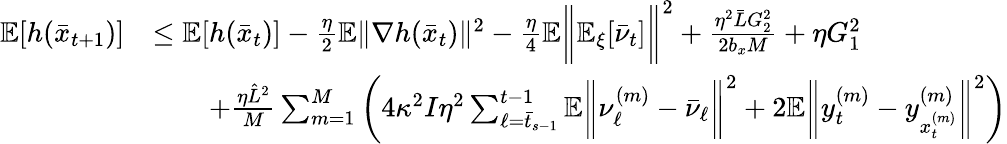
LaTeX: \begin{array}{rl}{\mathbb{E}[h(\bar{x}_{t+1})]}&{\leq\mathbb{E}[h(\bar{x}_{t})]-\frac{\eta}{2}\mathbb{E}\| \nabla h(\bar{x}_{t})\| ^{2}-\frac{\eta}{4}\mathbb{E}\bigg\| \mathbb{E}_{\xi}[\bar{\nu}_{t}]\bigg\| ^{2}+\frac{\eta^{2}\bar{L}G_{2}^{2}}{2b_{x}M}+\eta G_{1}^{2}}\\ &{\qquad+\frac{\eta\hat{L}^{2}}{M}\sum_{m=1}^{M}\bigg(4\kappa^{2}I\eta^{2}\sum_{\ell=\bar{t}_{s-1}}^{t-1}\mathbb{E}\bigg\| \nu_{\ell}^{(m)}-\bar{\nu}_{\ell}\bigg\| ^{2}+2\mathbb{E}\bigg\| y_{t}^{(m)}-y_{x_{t}^{(m)}}^{(m)}\bigg\| ^{2}\bigg)}\end{array}